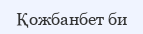
Қожбанбет би